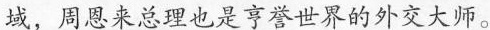
域，周恩来总理也是享誉世界的外交大师。